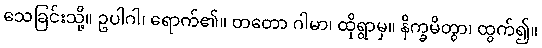
သေခြင်းသို့။ ဥပါဂါ၊ ရောက်၏။ တတော ဂါမာ၊ ထိုရွာမှ။ နိက္ခမိတွာ၊ ထွက်၍။